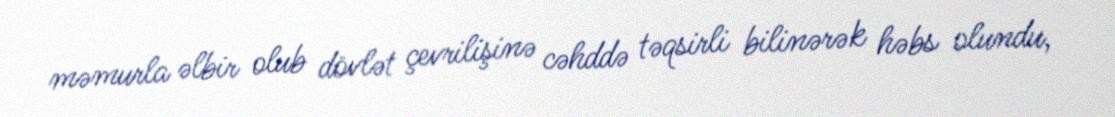
məmurla əlbir olub dövlət çevrilişinə cəhddə təqsirli bilinərək həbs olundu,